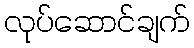
လုပ်ဆောင်ချက်